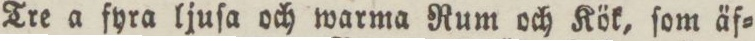
Tre a fyra ljuſa och warma Rum och Kök, ſom äf=